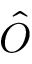
\hat { O }